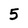
Character: 5